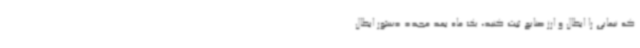
که نیمایی را ابطال و ارز صنایع ثبت کنید، یک ماه بعد مجدد دستور ابطال